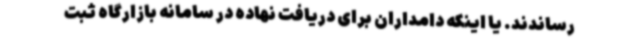
رساندند. یا اینکه دامداران برای دریافت نهاده در سامانه بازارگاه ثبت